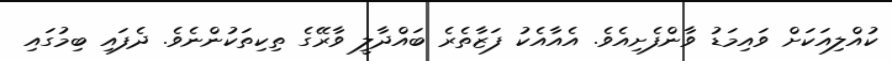
ކުއްލިއަކަށް ވައިމަޑު ވާންފެށިއެވެ. އެއާއެކު ފަޒާތެރެ ބައްދާލީ ވާރޭގެ ތިކިތަކުންނެވެ. ދެފައި ބިމުގައި